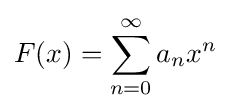
F(x)=\sum _{n=0}^{\infty }a_{n}x^{n}~